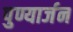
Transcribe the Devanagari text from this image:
पुण्यार्जन